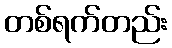
တစ်ရက်တည်း